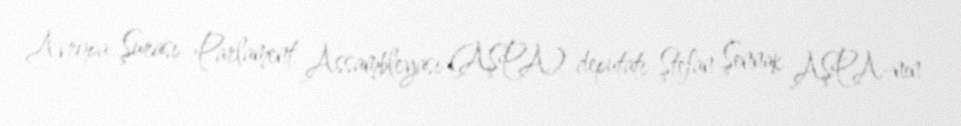
Avropa Şurası Parlament Assambleyası (AŞPA) deputatı Ştefan Şennak AŞPA-nın